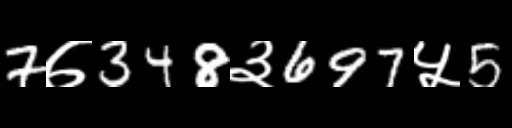
Text: 7७348३697५5